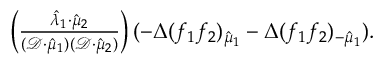
\begin{array} { r } { \left( \frac { \hat { \lambda } _ { 1 } \cdot \hat { \mu } _ { 2 } } { ( \mathcal { D } \cdot \hat { \mu } _ { 1 } ) ( \mathcal { D } \cdot \hat { \mu } _ { 2 } ) } \right) ( - \Delta ( f _ { 1 } f _ { 2 } ) _ { \hat { \mu } _ { 1 } } - \Delta ( f _ { 1 } f _ { 2 } ) _ { - \hat { \mu } _ { 1 } } ) . } \end{array}